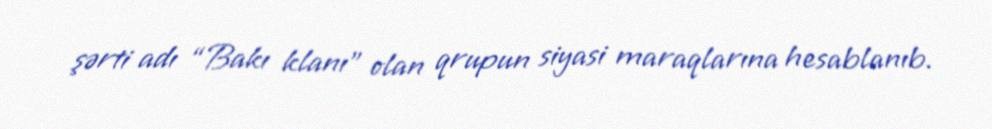
şərti adı “Bakı klanı” olan qrupun siyasi maraqlarına hesablanıb.